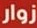
زوار